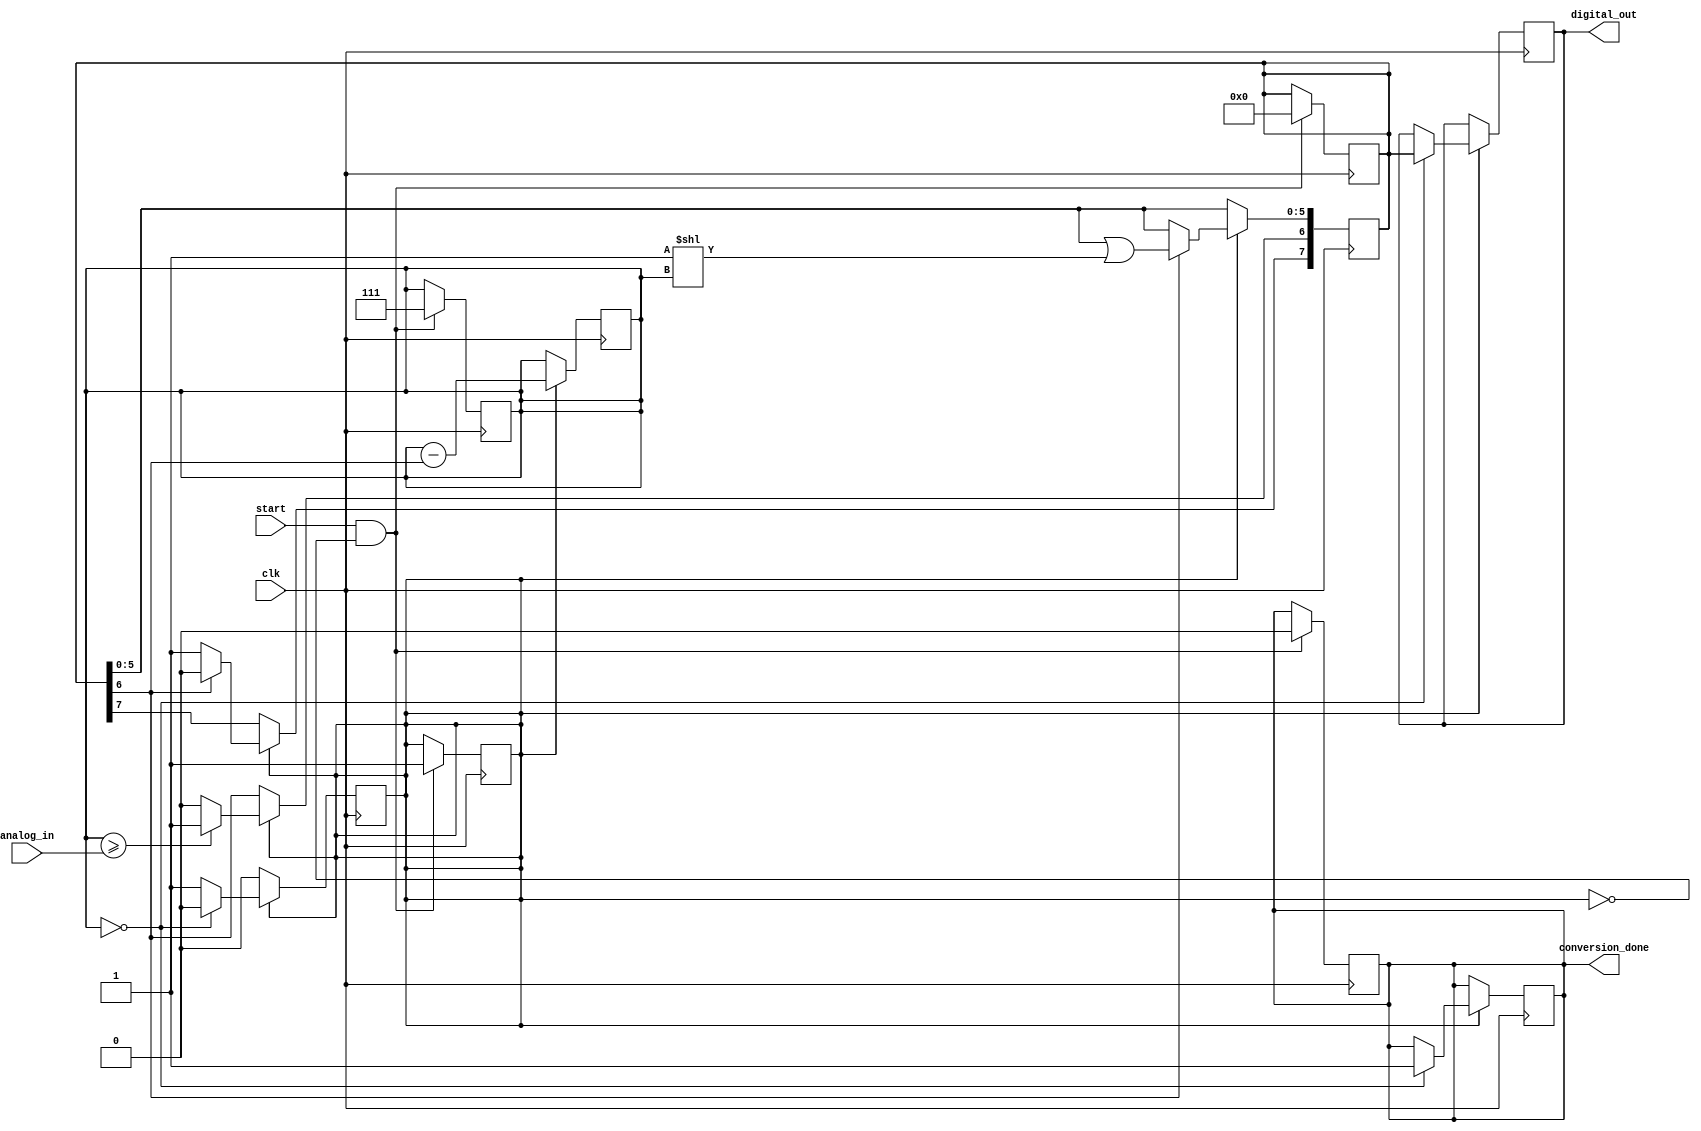
module sar_adc (
  input wire clk,        // Clock input
  input wire start,      // Start conversion signal
  input wire [7:0] analog_in,  // Analog input (8-bit)
  output reg [7:0] digital_out,  // Digital output (8-bit)
  output reg conversion_done   // Conversion done signal
);

  reg [7:0] register;    // Internal register for SAR logic
  reg [2:0] comparator;  // Internal comparator for SAR logic
  reg conversion_busy;   // Internal signal to track conversion status

  // SAR logic
  always @(posedge clk) begin
    if (conversion_busy) begin
      if (comparator >= analog_in)  // SAR comparison
        register[6] <= 1'b1;
      else
        register[6] <= 1'b0;

      if (register[6] == 1'b1)
        register[5:0] <= register[5:0] | (1 << comparator);  // Set the current bit

      comparator <= comparator - register[6];

      if (register[6] == 1'b1)
        register[7] <= 1'b0;  // Set MSB to 0 for the next iteration
      else
        register[7] <= 1'b1;  // Set MSB to 1 for the next iteration

      if (comparator == 0) begin
        digital_out <= register[7:0];  // Output the digital result
        conversion_done <= 1'b1;      // Conversion is done
        conversion_busy <= 1'b0;       // Reset conversion status
      end
    end
  end

  // Start conversion on rising edge of 'start'
  always @(posedge clk) begin
    if (start && ~conversion_busy) begin
      register <= 8'b0;
      comparator <= 3'b111;  // Initialize comparator to 7
      conversion_done <= 1'b0;
      conversion_busy <= 1'b1;
    end
  end

endmodule